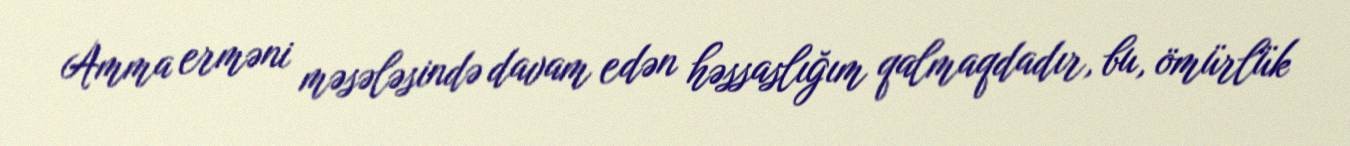
Amma erməni məsələsində davam edən həssaslığım qalmaqdadır, bu, ömürlük